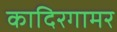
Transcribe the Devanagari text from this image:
कादिरगामर